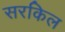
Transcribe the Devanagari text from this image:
सरकिल